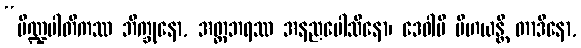
“ပိဏ္ဍပါတိကဿ ဘိက္ခုနော, အတ္တဘရဿ အနညပေါသိနော၊ ဒေဝါပိ ပိဟယန္တိ တာဒိနော,